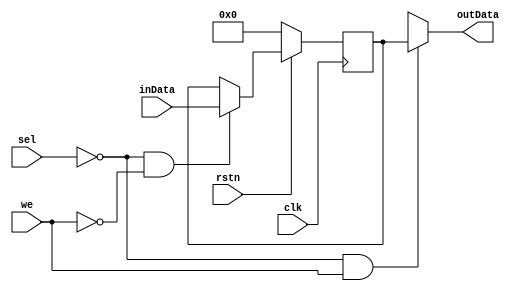
/*
* @author cmdc0de
* @params:
* 	clk = clock
* 	we = write enable active low, write inData to Register
* 	sel = select register active low
* 	rstn = active low
*
* 	we low & sel low write data from inData to internal register MyData
* 	put data from MyData into outData when sel is low and we is high
* 	otherwise set outData to HIZ
*
*/
module register #(parameter WIDTH=16)(
	input wire clk, 
	input wire we, 
	input wire sel,
	input wire rstn,
	input wire [WIDTH-1:0] inData, 
	output wire [WIDTH-1:0] outData);

	reg [WIDTH-1:0] MyData;

	always @(posedge clk)
	begin
		if (!rstn) begin
			MyData <= 0;
		end
		else begin
			if (~sel & ~we) 
				MyData <= inData;
			else
				MyData <= MyData;
		end
	end

	assign outData = (~sel & we) ? MyData : WIDTH-1'bz;

endmodule